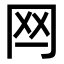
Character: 𦉯